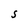
Character: S